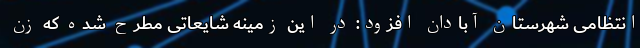
انتظامی شهرستان آبادان افزود: در این زمینه شایعاتی مطرح شده که زن